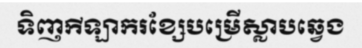
ទិញកីឡាករខ្សែបម្រើស្លាបឆ្វេង